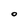
Character: O